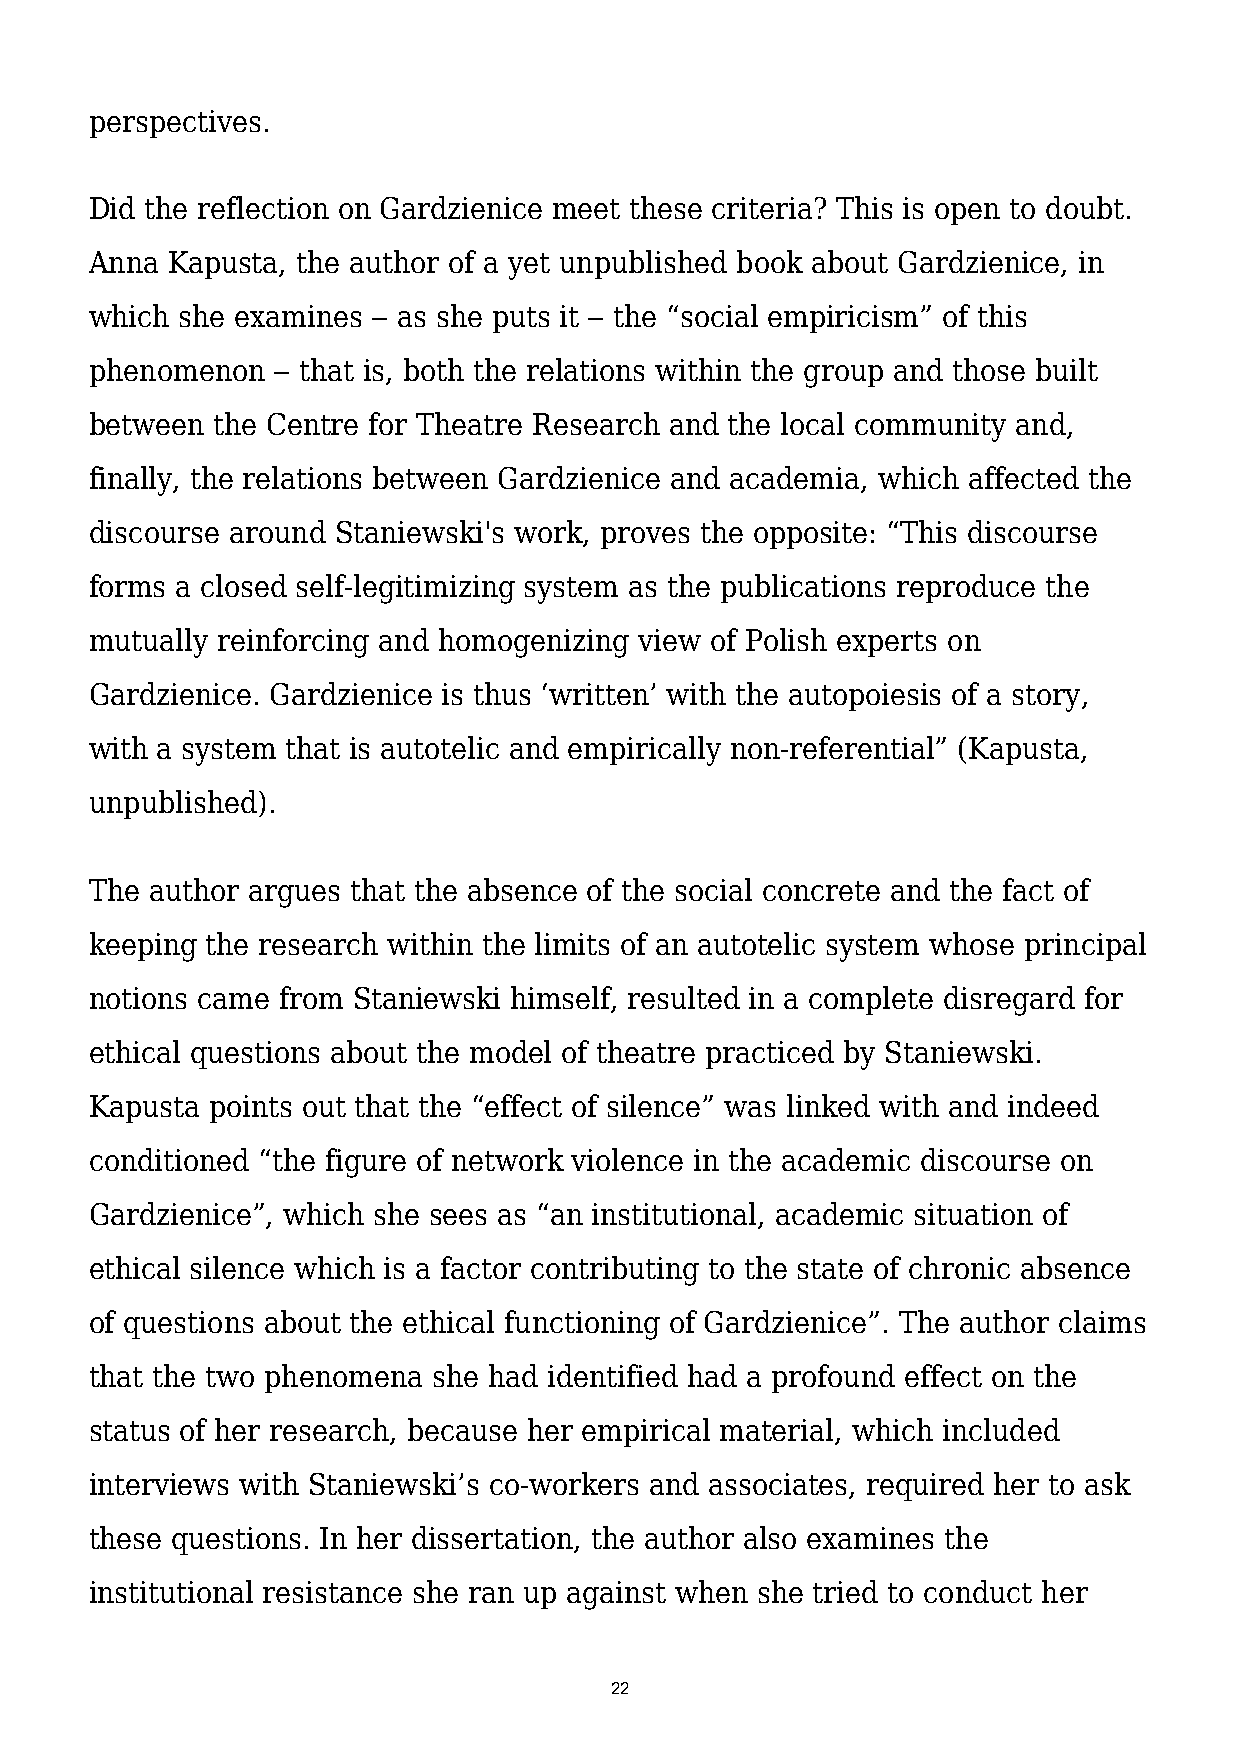
perspectives.
 Did the reflection on Gardzienice meet these criteria? This is open to doubt.
 Anna Kapusta, the author of a yet unpublished book about Gardzienice, in
 which she examines ‒ as she puts it ‒ the “social empiricism” of this
 phenomenon  ‒ that is, both the relations within the group and those built
 between the Centre for Theatre Research and the local community and,
 finally, the relations between Gardzienice and academia, which affected the
 discourse around Staniewski's work, proves the opposite: “This discourse
 forms a closed self-legitimizing system as the publications reproduce the
 mutually reinforcing and homogenizing view of Polish experts on
 Gardzienice. Gardzienice is thus ‘written’ with the autopoiesis of a story,
 with a system that is autotelic and empirically non-referential” (Kapusta,
 unpublished).
 The author argues that the absence of the social concrete and the fact of
 keeping the research within the limits of an autotelic system whose principal
 notions came from Staniewski himself, resulted in a complete disregard for
 ethical questions about the model of theatre practiced by Staniewski.
 Kapusta points out that the “effect of silence” was linked with and indeed
 conditioned “the figure of network violence in the academic discourse on
 Gardzienice”, which she sees as “an institutional, academic situation of
 ethical silence which is a factor contributing to the state of chronic absence
 of questions about the ethical functioning of Gardzienice”. The author claims
 that the two phenomena she had identified had a profound effect on the
 status of her research, because her empirical material, which included
 interviews with Staniewski’s co-workers and associates, required her to ask
 these questions. In her dissertation, the author also examines the
 institutional resistance she ran up against when she tried to conduct her
 22